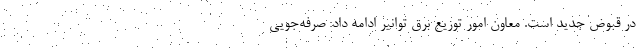
در قبوض جدید است. معاون امور توزیع برق توانیر ادامه داد: صرفه‌جویی